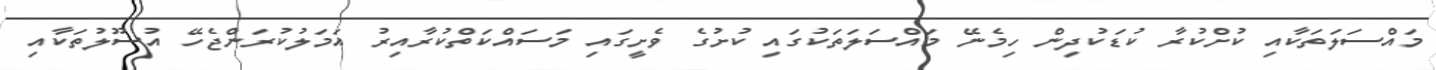
މައްސަލަތަކާއި ކުށްކުރާ ކުޑަކުދިން ހިމެނޭ މައްސަލަތަކުގައި ކުށުގެ ވެށީގައި މަސައްކަތްކުރާއިރު އަމަލުކުރަންޖެހޭ އުސޫލުތަކާއި